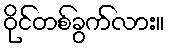
ဝိုင်တစ်ခွက်လား။